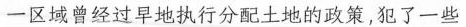
一区域曾经过早地执行分配土地的政策，犯了一些